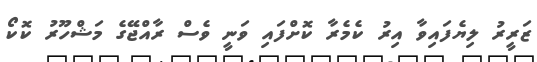
ޒަރީރު ލިޔެފައިވާ އިރު ކެމެރާ ކޮށްފައި ވަނީ ވެސް ރާއްޖޭގެ މަޝްހޫރު ކޮކޯ